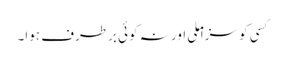
کسی کو سزا ملی اور نہ کوئی برطرف ہوا۔